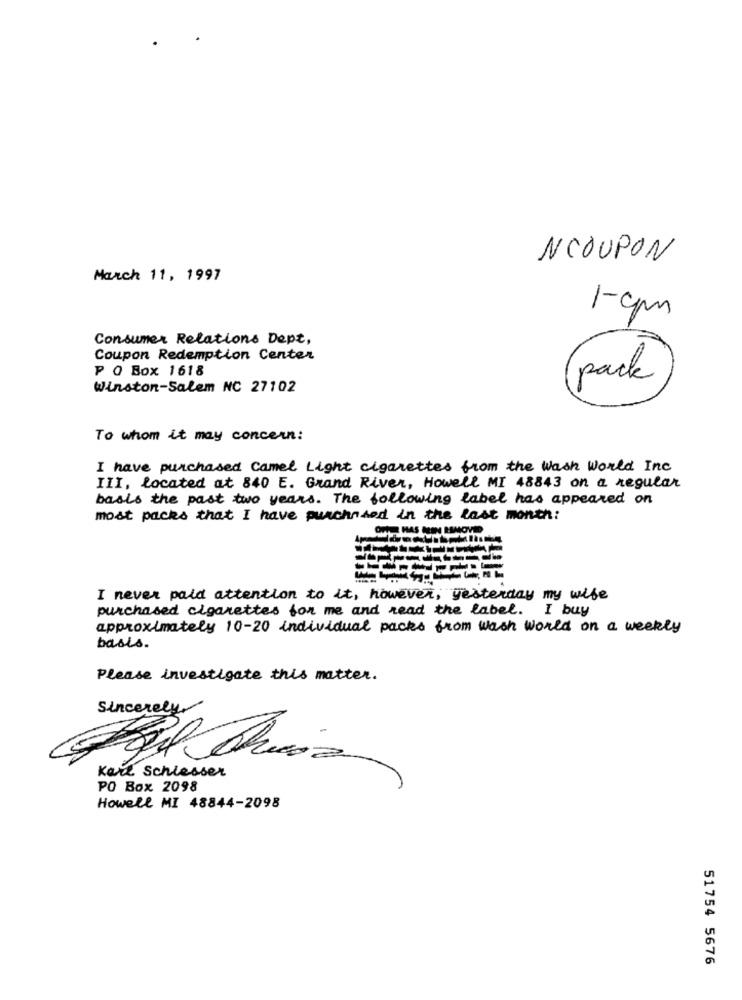
NCOUPON
March 11, 1997
1-cm
Consumer Relations Dept,
Coupon Redemption Center
P O Box 1618
pack
Winston-Salem NC 27102
To whom it may concern:
I have purchased Camel Light cigarettes from the Wash World Inc
III, Located at 840 E. Grand River, Howell MI 48843 on a regular
basis the past two years. The following label has appeared on
most packs that I have purchased in the last month:
I never paid attention to it, however, yesterday my wife
purchased cigarettes for me and read the label. I buy
approximately 10-20 individual packs from wash world on a weekly
basis.
Please investigate this matter.
Sincerely
Karl Schlesser
PO Box 2098
Howell MI 48844-2098
51754 5676